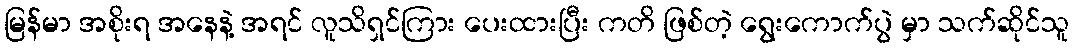
မြန်မာ အစိုးရ အနေနဲ့ အရင် လူသိရှင်ကြား ပေးထားပြီး ကတိ ဖြစ်တဲ့ ရွေးကောက်ပွဲ မှာ သက်ဆိုင်သူ